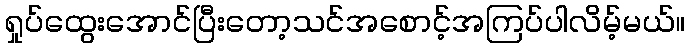
ရှုပ်ထွေးအောင်ပြီးတော့သင်အစောင့်အကြပ်ပါလိမ့်မယ်။